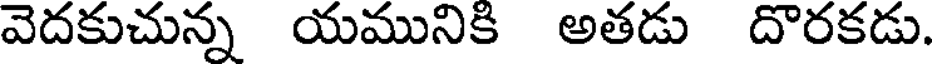
వెదకుచున్న యమునికి అతడు దొరకడు.